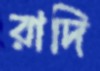
রাদি